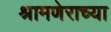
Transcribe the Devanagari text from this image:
श्रामणेराच्या